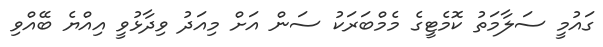
ގައުމީ ސަލާމަތު ކޮމެޓީގެ މެމްބަރަކު ސަން އަށް މިއަދު ވިދާޅުވީ އިއްޔެ ބޭއްވި